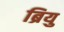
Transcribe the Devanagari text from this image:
ब्रियु